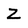
Character: Z